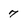
Character: 7